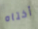
أختاه